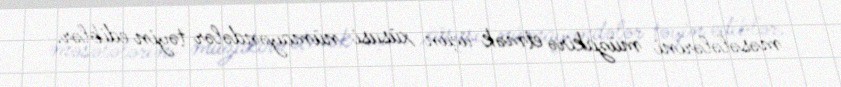
məsələlərini müzakirə etmək üçün xüsusi nümayəndələr təyin ediblər.